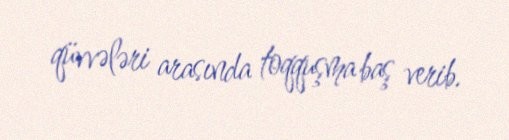
qüvvələri arasında toqquşma baş verib.